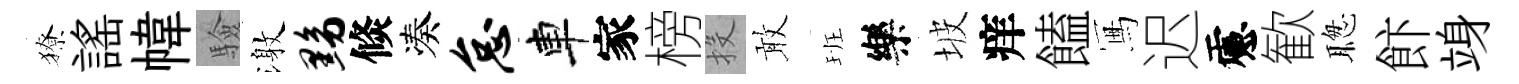
獠謡幃驗激黝倐凑怠車家榜投敢班樂坡痒饁冩迟慮歓聦飰竧